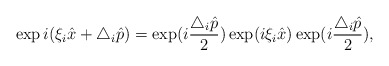
\begin{align*} \exp i(\xi _i \hat{x}+\triangle _i\hat{p})=\exp(i\frac{\triangle _i\hat{p}}{2})\exp (i\xi _i \hat{x}) \exp(i\frac{\triangle _i\hat{p}}{2}),\end{align*}